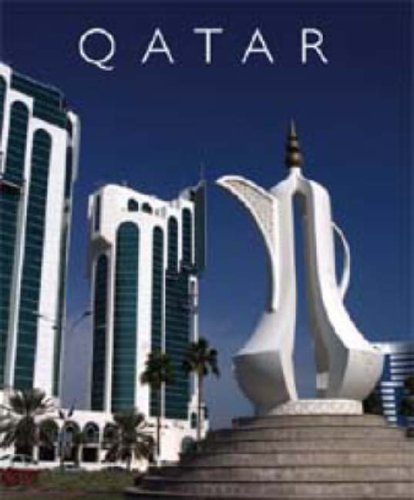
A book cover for Qatar; David Chaddock; History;